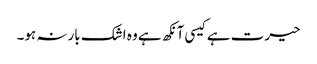
حیرت ہے کیسی آنکھ ہے وہ اشک بارنہ ہو۔